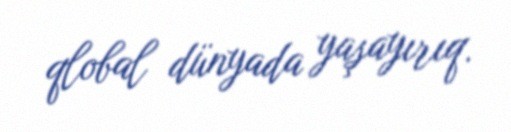
qlobal dünyada yaşayırıq.